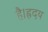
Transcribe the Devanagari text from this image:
है।ह्रदय